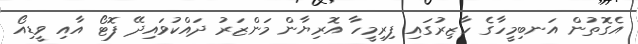
އެގޮތުން އަނބިމީހާގެ ހާޒިރުގައި ފިރިމީހާ އޮރިޔާން މަންޒަރު ދައްކުވައިދޭ ފޮޓޯ އާއި ވީޑިއޯ